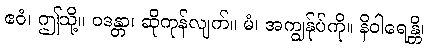
ဧဝံ၊ ဤသို့။ ဝဒန္တာ၊ ဆိုကုန်လျက်။ မံ၊ အကျွန်ုပ်ကို။ နိဝါရေန္တိ၊